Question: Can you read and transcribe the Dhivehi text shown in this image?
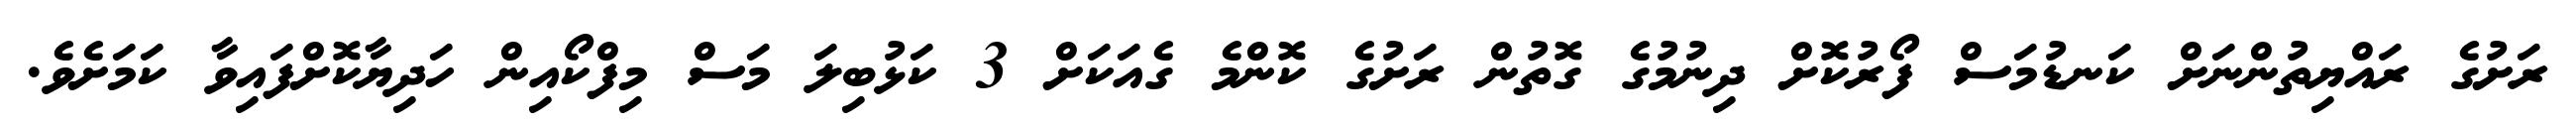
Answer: ރަށުގެ ރައްޔިތުންނަށް ކަނޑުމަސް ފޯރުކޮށް ދިނުމުގެ ގޮތުން ރަށުގެ ކޮންމެ ގެއަކަށް 3 ކަޅުބިލަ މަސް މިފްކޯއިން ހަދިޔާކޮށްފައިވާ ކަމަށެވެ.